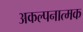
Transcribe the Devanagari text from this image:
अकल्पनात्मक